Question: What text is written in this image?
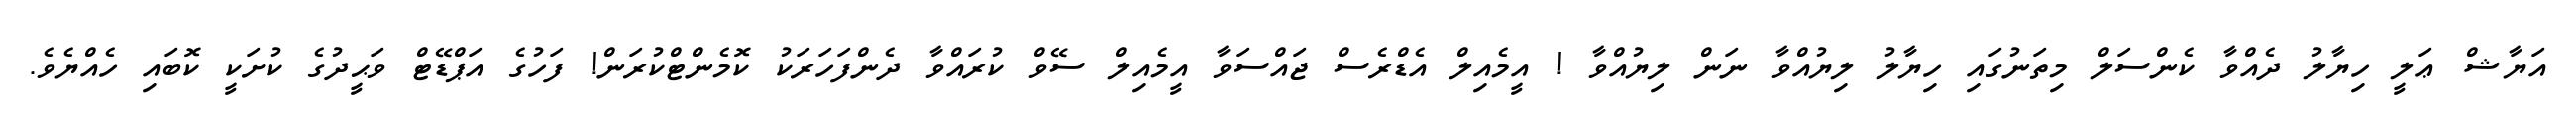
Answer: އަޔާޝް ޢަލީ ހިޔާލު ދެއްވާ ކެންސަލް މިތަނުގައި ހިޔާލު ލިޔުއްވާ ނަން ލިޔުއްވާ ! އީމެއިލް އެޑްރެސް ޖައްސަވާ އީމެއިލް ސޭވް ކުރައްވާ ދެންފަހަރަކު ކޮމެންޓްކުރަން! ފަހުގެ އަޕްޑޭޓް ވަޙީދުގެ ކުށަކީ ކޮބައި ހެއްޔެވެ.